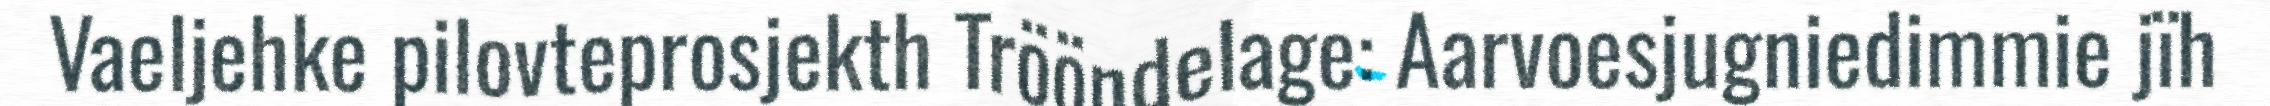
Vaeljehke pilovteprosjekth Trööndelage: Aarvoesjugniedimmie jïh